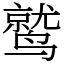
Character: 鹫